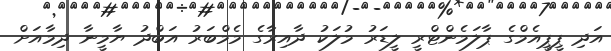
އަދި ޕީޕީއެމްގެ ޕާލަމެންޓްރީ ލީޑަރު މުލަކު ދާއިރާގެ މެމްބަރު އަބްދު ޔާމީނާ ދިމާއަށް